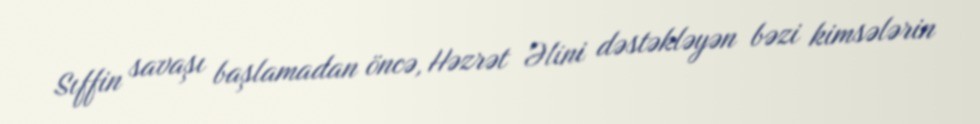
Sıffin savaşı başlamadan öncə, Həzrət Əlini dəstəkləyən bəzi kimsələrin